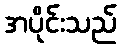
အပိုင်းသည်